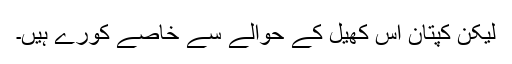
لیکن کپتان اس کھیل کے حوالے سے خاصے کورے ہیں۔